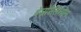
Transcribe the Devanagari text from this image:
बेंज़ोरेसिनोल